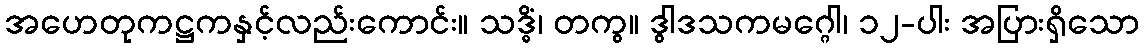
အဟေတုကဋ္ဌကနှင့်လည်းကောင်း။ သဒ္ဓိံ၊ တကွ။ ဒွါဒသကမဂ္ဂေါ၊ ၁၂-ပါး အပြားရှိသော